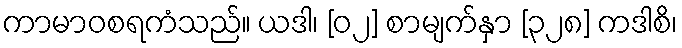
ကာမာဝစရကံသည်။ ယဒါ၊ [၀၂] စာမျက်နှာ [၃၂၈] ကဒါစိ၊